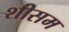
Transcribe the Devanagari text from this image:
शीसम